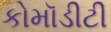
કોમૉડીટી